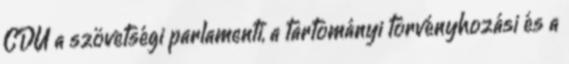
CDU a szövetségi parlamenti, a tartományi törvényhozási és a